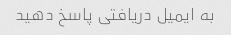
به ایمیل دریافتی پاسخ دهید